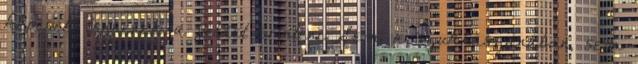
képesek lennének a földet érinteni. Sem a szukhászanában, sem